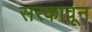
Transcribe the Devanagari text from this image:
सरकावून